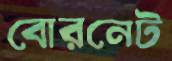
বোরনেট